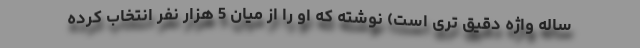
ساله واژه دقیق تری است) نوشته که او را از میان 5 هزار نفر انتخاب کرده